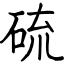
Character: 硫